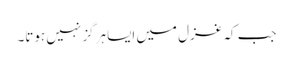
جب کہ غزل میں ایسا ہرگز نہیں ہوتا۔